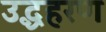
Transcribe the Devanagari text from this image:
उद्धहरण